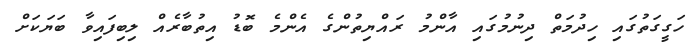
ހަގީގަތުގައި ހިދުމަތް ދިނުމުގައި އާންމު ރައްޔިތުންގެ އެންމެ ބޮޑު އިތުބާރެއް ލިބިފައިވާ ބަޔަކަށް